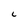
Character: c